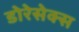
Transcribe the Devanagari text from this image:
डोरेसेक्स